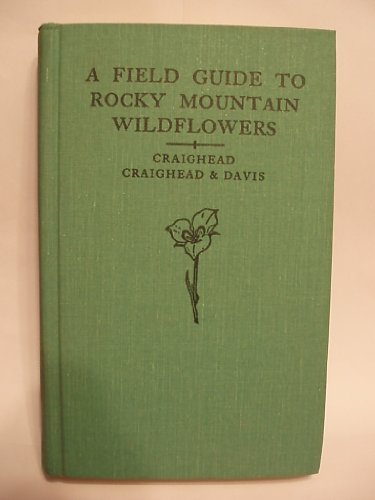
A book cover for Rocky Mountain Wildflowers: From Northern Arizona and New Mexico to British Columbia (Peterson Field Guides); John J. Craighead; Sports & Outdoors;